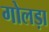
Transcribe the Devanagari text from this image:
गोलड़ा